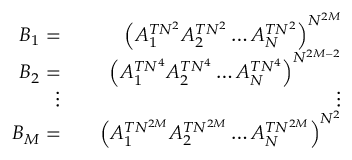
\begin{array} { r l r } { B _ { 1 } = } & { } & { \left( A _ { 1 } ^ { T N ^ { 2 } } A _ { 2 } ^ { T N ^ { 2 } } \dots A _ { N } ^ { T N ^ { 2 } } \right) ^ { N ^ { 2 M } } } \\ { B _ { 2 } = } & { } & { \left( A _ { 1 } ^ { T N ^ { 4 } } A _ { 2 } ^ { T N ^ { 4 } } \dots A _ { N } ^ { T N ^ { 4 } } \right) ^ { N ^ { 2 M - 2 } } } \\ { \vdots } & { } & { \vdots } \\ { B _ { M } = } & { } & { \left( A _ { 1 } ^ { T N ^ { 2 M } } A _ { 2 } ^ { T N ^ { 2 M } } \dots A _ { N } ^ { T N ^ { 2 M } } \right) ^ { N ^ { 2 } } } \end{array}